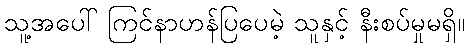
သူ့အပေါ် ကြင်နာဟန်ပြပေမဲ့ သူနှင့် နီးစပ်မှုမရှိ။